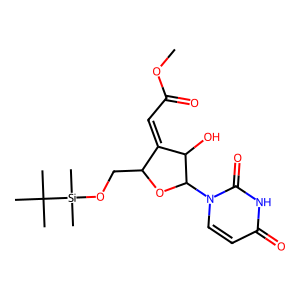
SMILES: COC(=O)C=C1C(CO[Si](C)(C)C(C)(C)C)OC(n2ccc(=O)[nH]c2=O)C1O
Inhibits HIV replication: No